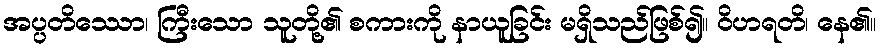
အပ္ပတိဿော၊ ကြီးသော သူတို့၏ စကားကို နာယူခြင်း မရှိသည်ဖြစ်၍။ ဝိဟရတိ၊ နေ၏။